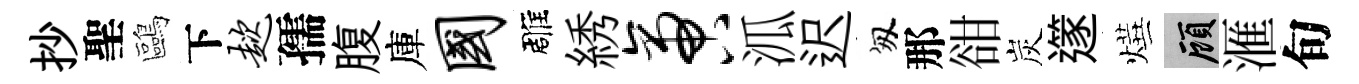
抄聖鷗下趑孺腹庫国雕綉啻泒迟匆那𧮳炭𨗹燁顧滙旬